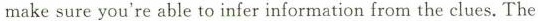
make sure you're able to infer information from the clues.The